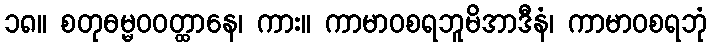
၁၈။ စတုဓမ္မဝဝတ္ထာနေ၊ ကား။ ကာမာဝစရဘူမိအာဒီနံ၊ ကာမာဝစရဘုံ